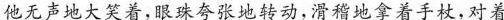
他无声地大笑着，眼珠夸张地转动，滑稽地拿着手杖，对着